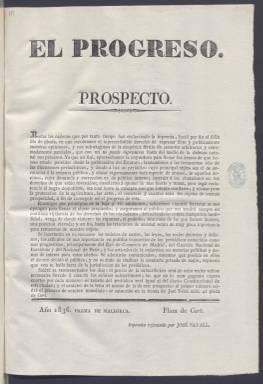
Título: El Progreso (Palma de Mallorca)
Colección: Periódicos anteriores a 1850
Ámbito geográfico: Baleares
Lugar de publicación: Palma de Mallorca
Fechas: 01/01/1836-29/03/1837